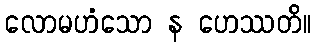
လောမဟံသော န ဟေဿတိ။